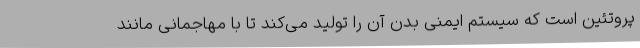
پروتئین است که سیستم ایمنی بدن آن را تولید می‌کند تا با مهاجمانی مانند